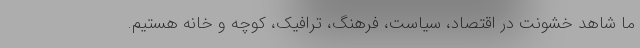
ما شاهد خشونت در اقتصاد، سیاست، فرهنگ، ترافیک، کوچه و خانه هستیم.